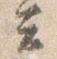
云